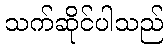
သက်ဆိုင်ပါသည်